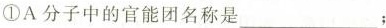
①A分子中的官能团名称是___；